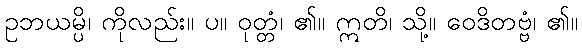
ဥဘယမ္ပိ၊ ကိုလည်း။ ပ။ ဝုတ္တံ၊ ၏။ ဣတိ၊ သို့။ ဝေဒိတဗ္ဗံ၊ ၏။